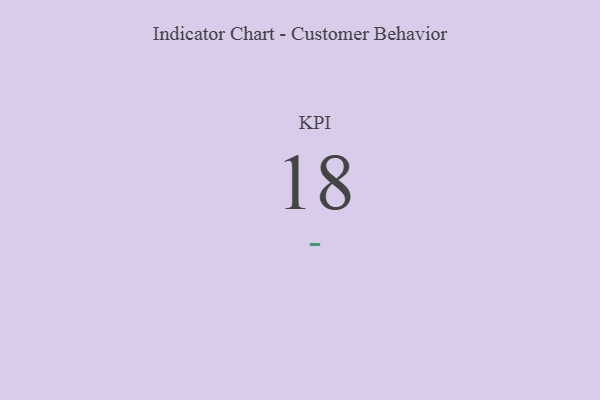
{"axis": {"x": "KPI", "y": "Value"}, "legend": [""], "data": [{"x": "KPI", "y": 18, "type": ""}]}